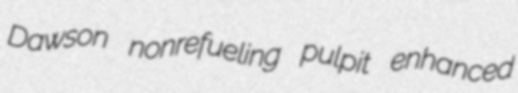
Dawson nonrefueling pulpit enhanced